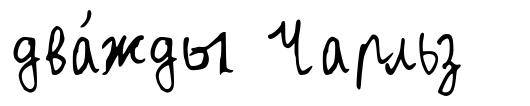
два́жды Чарльз